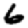
Digit: 6